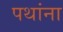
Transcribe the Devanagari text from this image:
पथांना